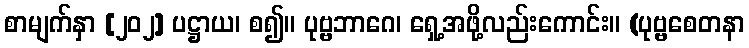
စာမျက်နှာ [၂၀၂] ပဋ္ဌာယ၊ စ၍။ ပုဗ္ဗဘာဂေ၊ ရှေ့အဖို့လည်းကောင်း။ (ပုဗ္ဗစေတနာ